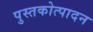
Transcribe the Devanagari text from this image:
पुस्तकोत्पादन